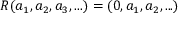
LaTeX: R ( a _ { 1 } , a _ { 2 } , a _ { 3 } , . . . ) = ( 0 , a _ { 1 } , a _ { 2 } , . . . )